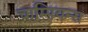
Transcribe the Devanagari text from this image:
चाम्पियन्स